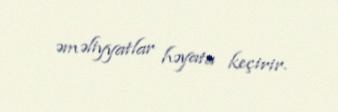
əməliyyatlar həyata keçirir.